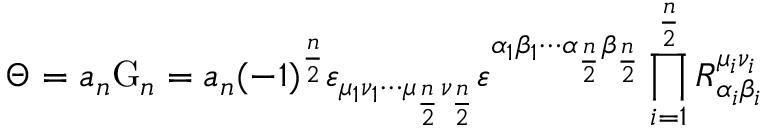
\Theta = a _ { n } \mathrm { G } _ { n } = a _ { n } ( - 1 ) ^ { \frac { n } { 2 } } \varepsilon _ { \mu _ { 1 } \nu _ { 1 } \cdots \mu _ { \frac { n } { 2 } } \nu _ { \frac { n } { 2 } } } \varepsilon ^ { \alpha _ { 1 } \beta _ { 1 } \cdots \alpha _ { \frac { n } { 2 } } \beta _ { \frac { n } { 2 } } } \prod _ { i = 1 } ^ { \frac { n } { 2 } } R _ { \alpha _ { i } \beta _ { i } } ^ { \mu _ { i } \nu _ { i } }